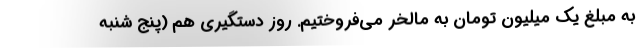
به مبلغ یک میلیون تومان به مالخر می‌فروختیم. روز دستگیری هم (پنج شنبه